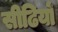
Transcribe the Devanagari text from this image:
सीढियोँ